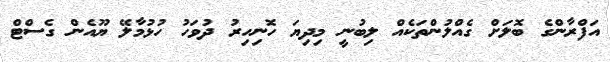
އަފްރާންގެ ބޮލަށް ގެއްލުންތަކެއް ލިބުނީ މިދިޔަ ހޮނިހިރު ދުވަހު ހުޅުމާލޭ ޔޫއެން ގެސްޓް